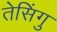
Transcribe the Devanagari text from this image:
तेसिंगु